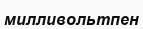
милливольтпен